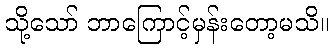
သို့သော် ဘာကြောင့်မှန်းတော့မသိ။